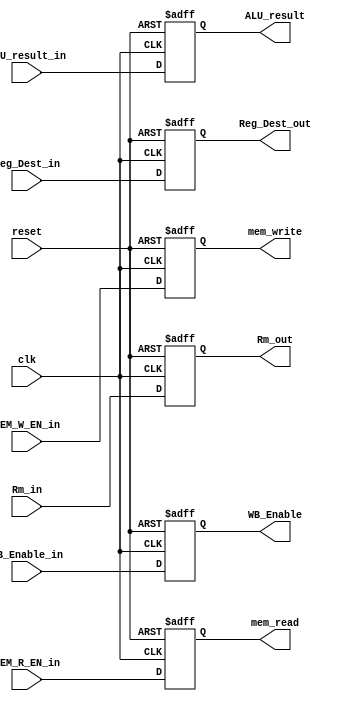
module EXE_Stage_Reg(
  input clk, reset, MEM_R_EN_in, MEM_W_EN_in, WB_Enable_in,
    input [3 : 0] Reg_Dest_in,
    input [31 : 0] Rm_in, ALU_result_in,
    output reg mem_read, mem_write, WB_Enable,
    output reg [3 : 0] Reg_Dest_out,
    output reg [31 : 0] Rm_out, ALU_result
);

    always @(posedge clk, posedge reset) begin
        if (reset) begin
            mem_write = 1'b0;
            mem_read = 1'b0;
            WB_Enable = 1'b0;
            Reg_Dest_out = 4'b0;
            Rm_out = 32'b0;
            ALU_result = 32'b0;
        end
        else begin
            mem_write = MEM_W_EN_in;
            mem_read = MEM_R_EN_in;
            WB_Enable = WB_Enable_in;
            Reg_Dest_out = Reg_Dest_in;
            Rm_out = Rm_in;
            ALU_result = ALU_result_in;
        end
    end

endmodule